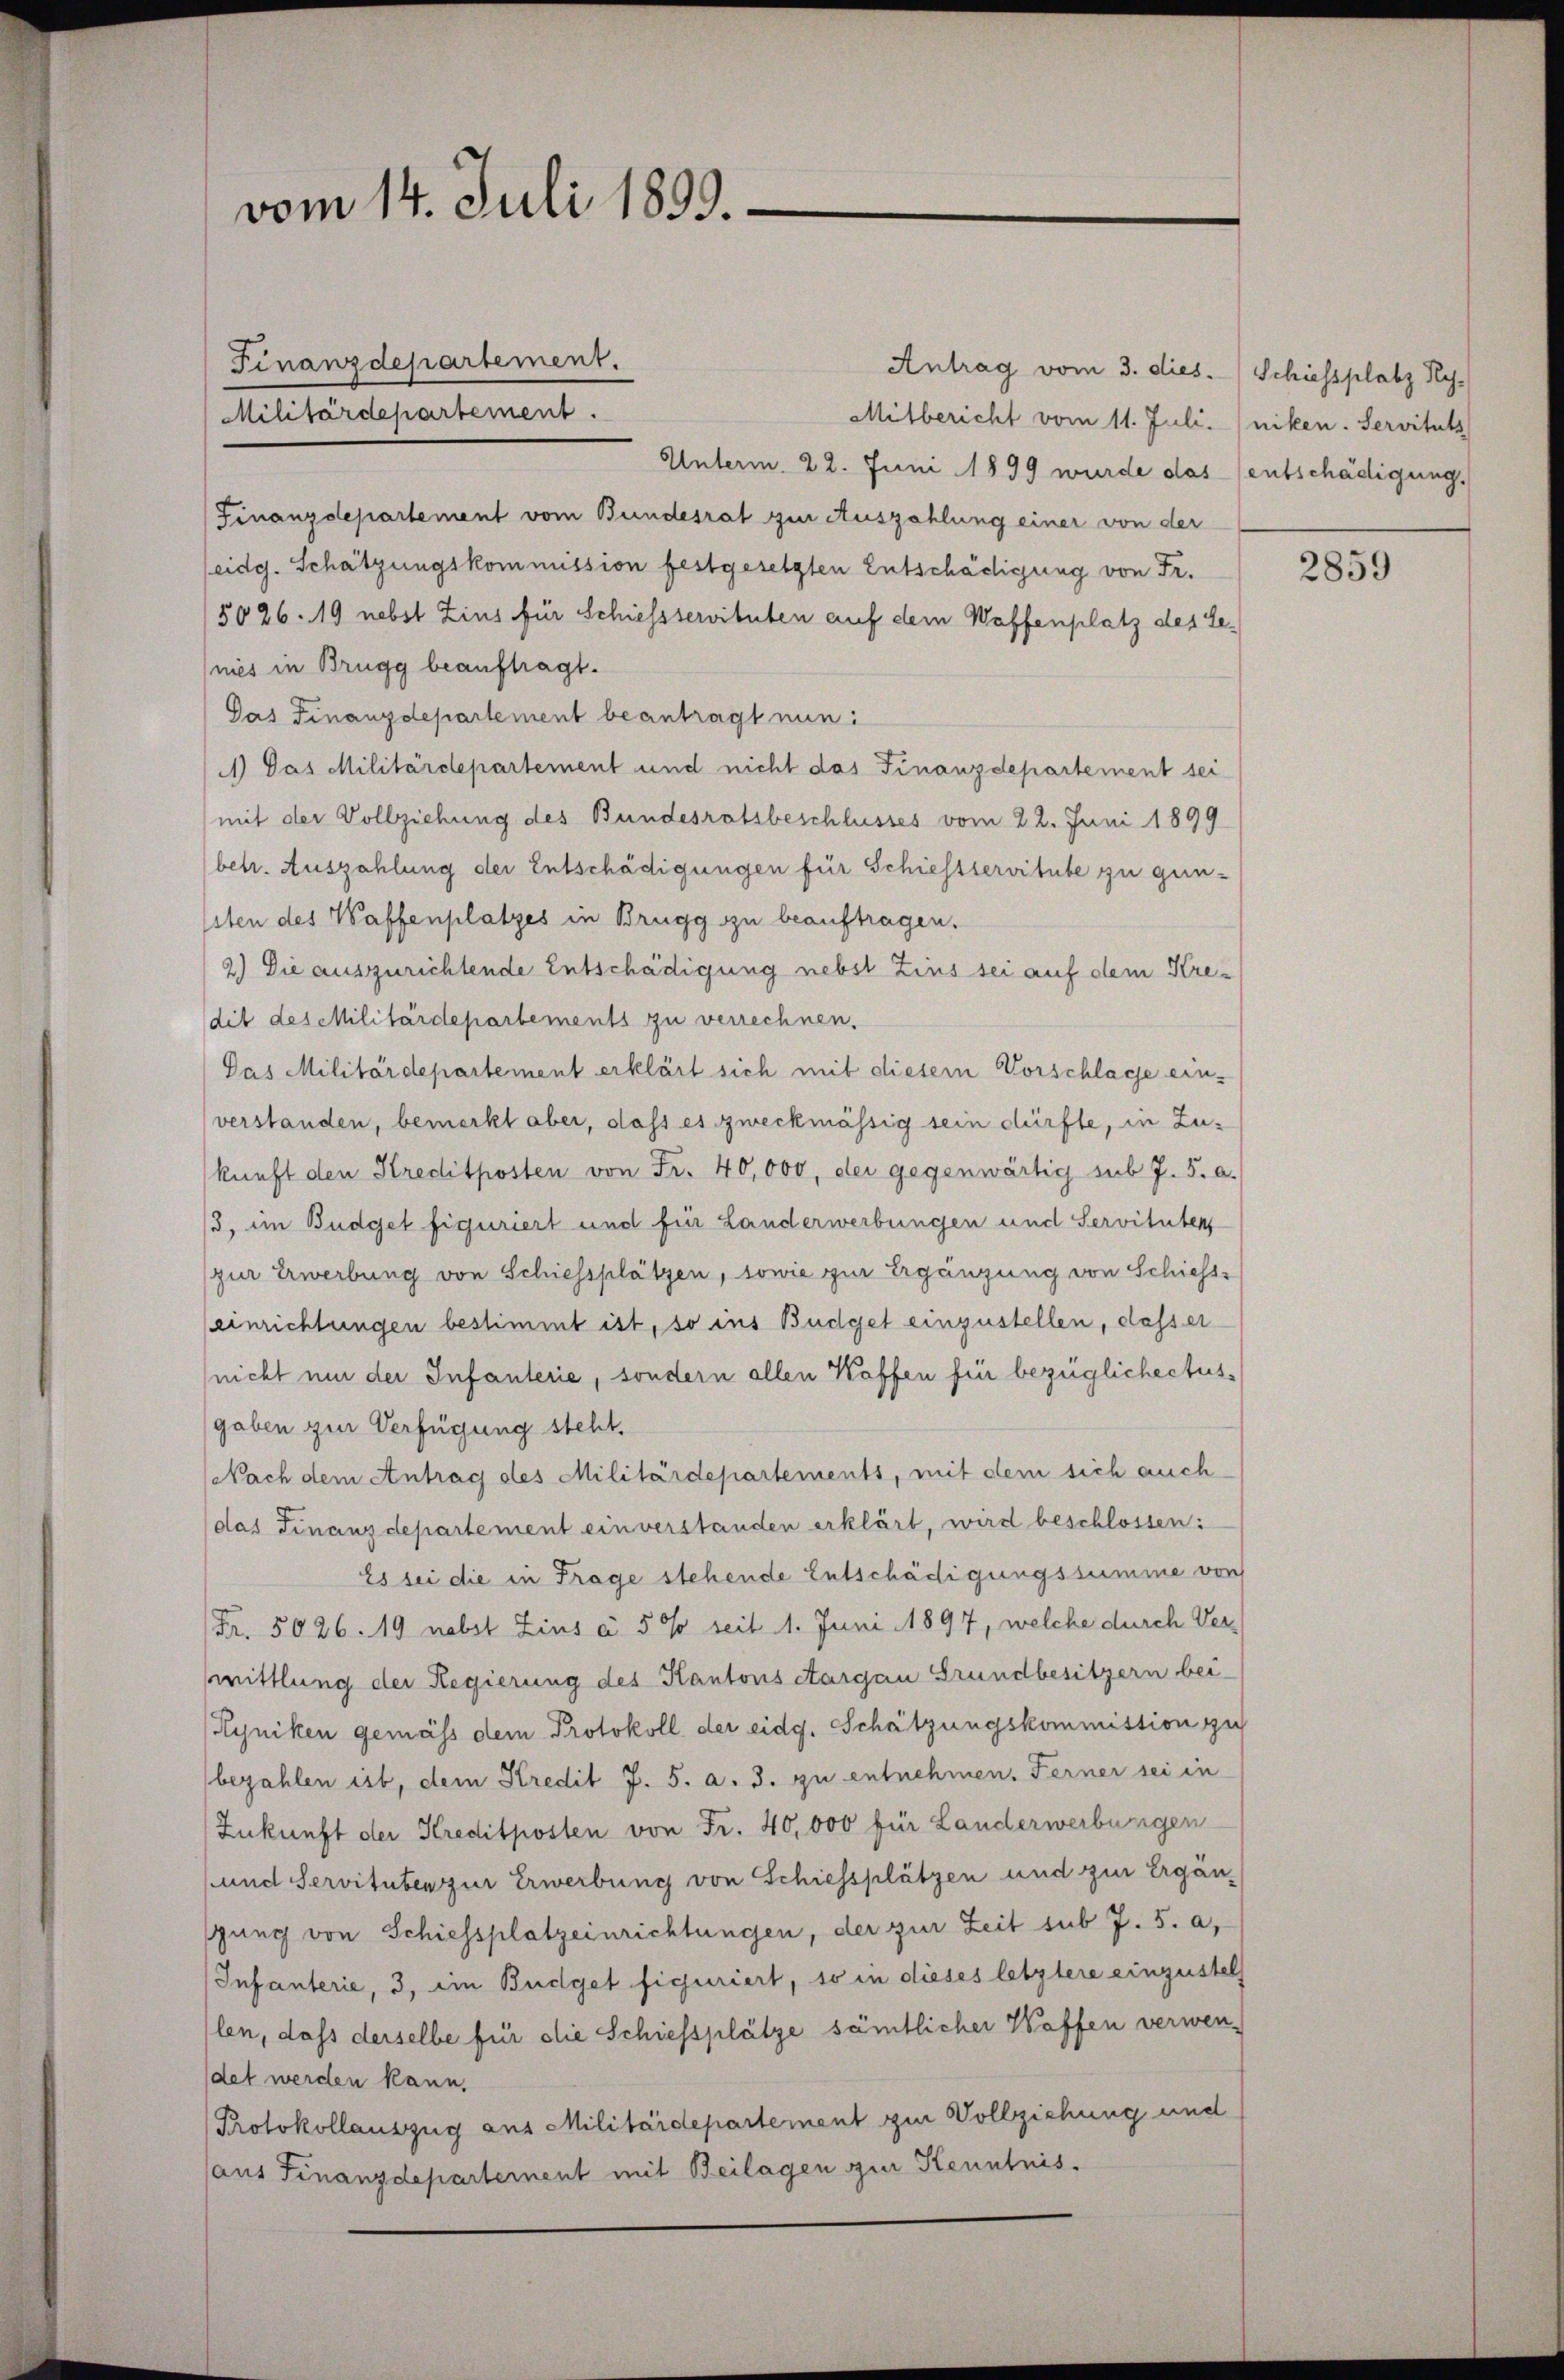
vom 14. Juli 1899.

Unterm 22. Juni 1899 wurde das entschädigung,
Finanzdepartement vom Bundesrat zur Auszahlung einer von der
eidg. Schätzungskommission festgesetzten Entschädigung von Fr.
5026. 19 nebst Zins für Schiessservituten auf dem Waffenplatz des Lenies in Brugg beauftragt.
Pas Finanzdepartement beantragt nun:
A.) Das Militärdepartement und nicht das Finanzdepartement sei
(mit der Vollziehung des Bundesratsbeschlusses vom 22. Juni 1899
(betr. Auszahlung der Entschädigungen für Schiehtservitute zu gun-
ssten des Waffenplatzes in Brugg zu beauftragen.
2.) Die auszurichtende Entschädigung nebst Zins sei auf dem Kredit des Militärdepartements zu verrechnen.
Das Militärdepartement erklärt sich mit diesem Vorschlage ein-
verstanden, bemerkt aber, dass es zweckmässig sein dürfte, in Zukunft den Kreditposten von Fr. 40,000, der gegenwärtig sub 7. 5. a.
3, im Budget figuriert und für Landerwerbungen und Servituten
(zur Erwerbung von Schiessplätzen, sowie zur Ergänzung von Schiess-
einrichtungen bestimmt ist, so ins Budget einzustellen, dasser
nicht um der Infanterie, sondern allen Kaffen für bezüglichectusgaben zur Verfügung steht.
Nach dem Antrag des Militärdepartements, mit dem sich auch
(das Finanzdepartement einverstanden erklärt, wird beschlossen:
Es sei die in Frage stehende Entschädigungssumme von
Fr. 5026. 19 nebst Zins à 50 seit 1. Juni 1897, welche durch Vermittlung der Regierung des Kantons Aargau Grundbesitzern bei
Ryniken gemäss dem Protokoll der eidg. Schätzungskommittion zu
bezahlen ist, dem Kredit J. 5. a. 3. zu entnehmen. Ferner sei in
Zukunft der Kreditposten von Fr. 40,000 für Landerwerbungen
und Servituten zur Erwerbung von Schiessplätzen und zur Ergän-
gung von Schiessplatzeinrichtungen, der zur Zeit sub 7. 5. a,
Infanterie, 3, ein Budget figuriert, so in dieses letztere einzustel
len, dass derselbe für die Schiessplätze sämtlicher Waffen verwen-
det werden kann.
Protokollauszug aus Militärdepartement zur Vollziehung und
aus Finanzdepartement mit Beilagen zur Kenntnis

Finanzdepartement.
Militärdepartement.

Antrag vom 3. dies. Schiessplatz Hy-
Mitbericht vom 11. Juli. (niken. Servituts

2859